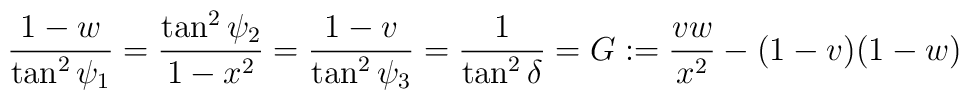
{1-w\over\tan^2\psi_1}={\tan^2\psi_2\over1-x^2}={1-v\over\tan^2\psi_3}={1\over\tan^2\delta}=G:={vw\over x^2}-(1-v)(1-w)